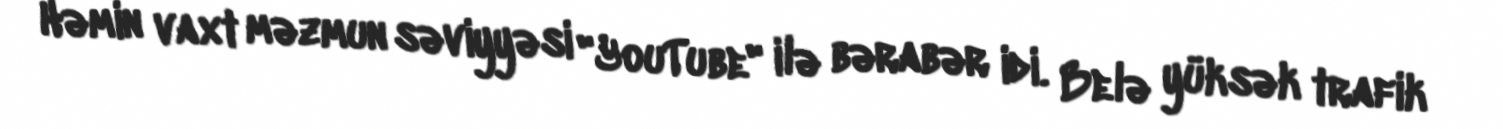
Həmin vaxt məzmun səviyyəsi "YouTube" ilə bərabər idi. Belə yüksək trafik